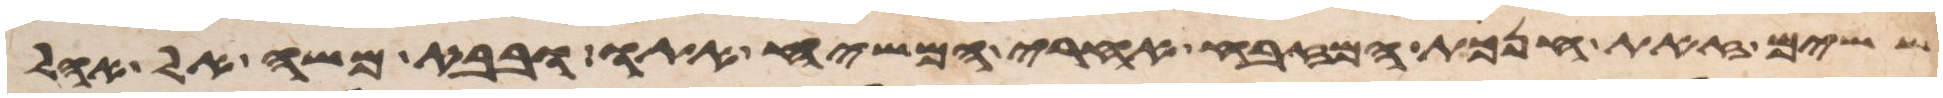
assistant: ששים זאת חנכת המזבח אחרי המשח אתו ובבא משה אל אהל